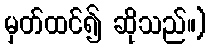
မှတ်ထင်၍ ဆိုသည်။)